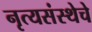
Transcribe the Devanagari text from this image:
नृत्यसंस्थेचे